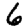
Digit: 6